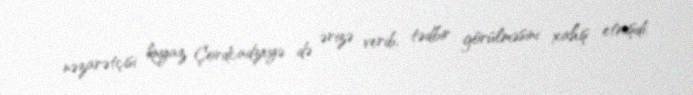
nəzarətçisi knyaz Çordcadzeyə də ərizə verib, tədbir görülməsini xahiş etmişdi.